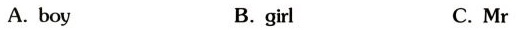
A.boy B.girl C.Mr